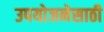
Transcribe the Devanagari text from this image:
उपयोजनेसाठी